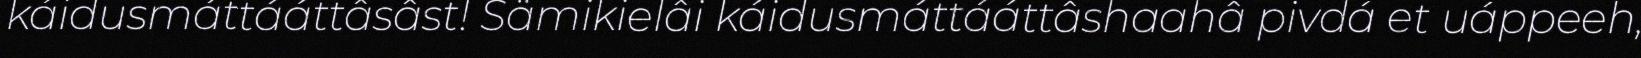
káidusmáttááttâsâst! Sämikielâi káidusmáttááttâshaahâ pivdá et uáppeeh,